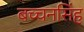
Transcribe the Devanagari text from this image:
बच्चनसिंह